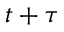
t + \tau